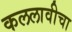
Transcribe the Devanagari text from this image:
कललावीचा